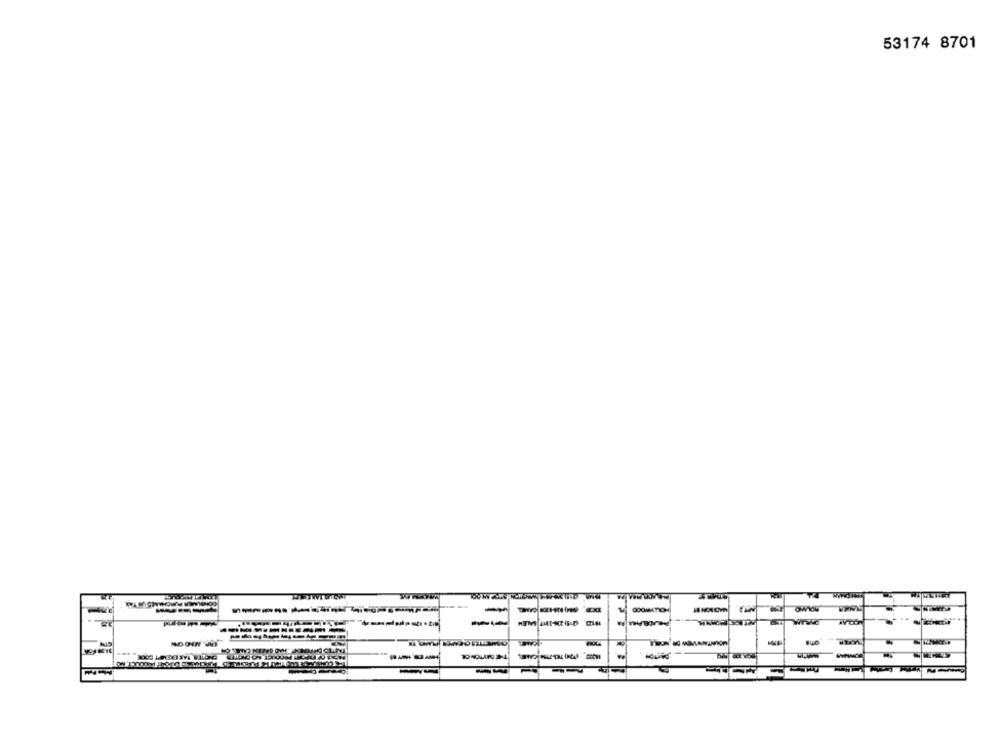
53174 8701
OWIN
------------
-..
-
--